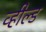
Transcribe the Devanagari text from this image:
व्हील्ड